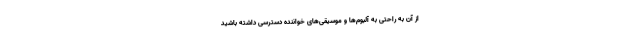
از آن به راحتی به آلبوم‌ها و موسیقی‌های خواننده دسترسی داشته باشید